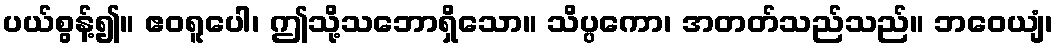
ပယ်စွန့်၍။ ဧဝရူပေါ၊ ဤသို့သဘောရှိသော။ သိပ္ပကော၊ အတတ်သည်သည်။ ဘဝေယျံ၊